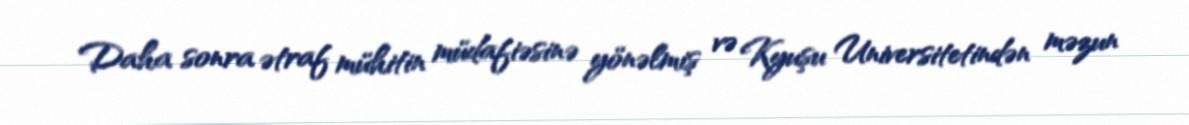
Daha sonra ətraf mühitin müdafiəsinə yönəlmiş və Kyuşu Universitetindən məzun